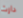
دارث